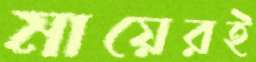
মায়েরই